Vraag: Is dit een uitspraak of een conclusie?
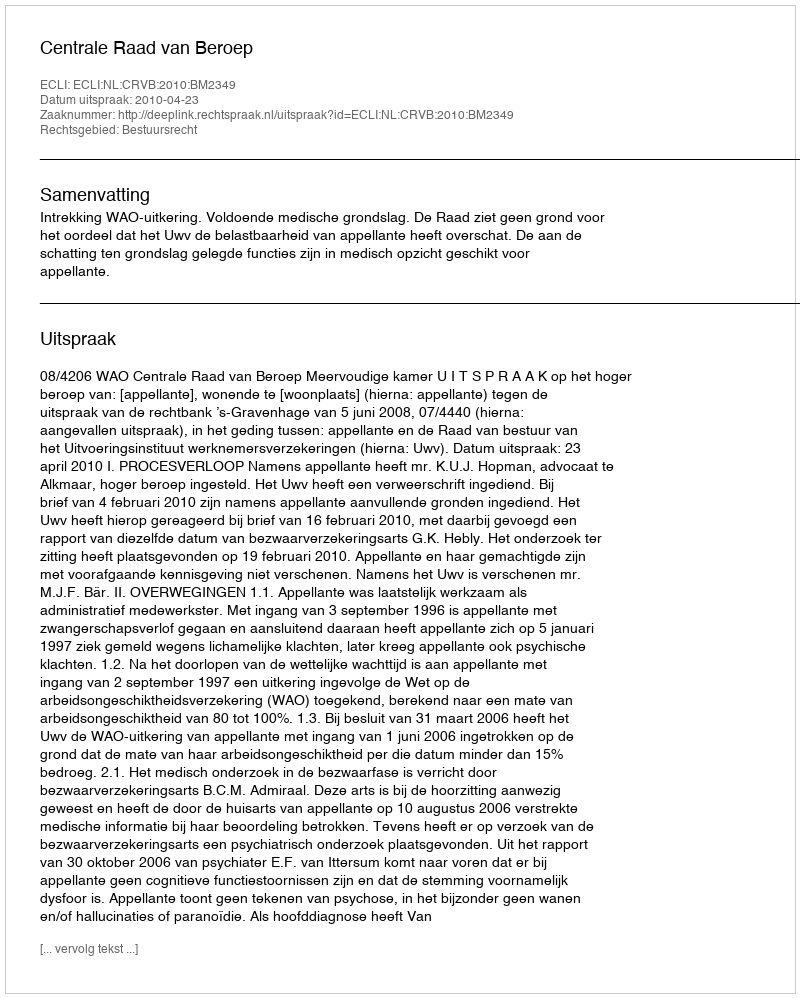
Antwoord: Uitspraak